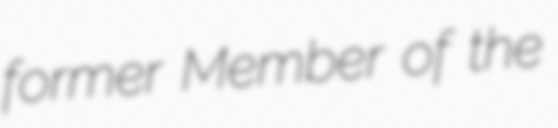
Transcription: former Member of the